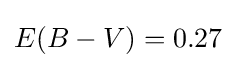
E(B-V)=0.27